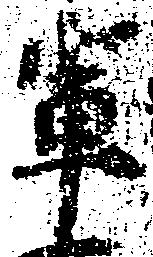
輩